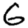
Digit: 6